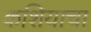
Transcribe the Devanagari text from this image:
कशियाचा